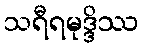
သရီရမုဒ္ဒိဿ